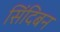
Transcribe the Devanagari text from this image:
सिंदिबन